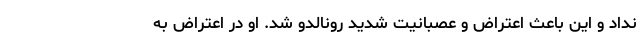
نداد و این باعث اعتراض و عصبانیت شدید رونالدو شد. او در اعتراض به